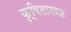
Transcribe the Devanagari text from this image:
कृ्षिशास्त्रज्ञ